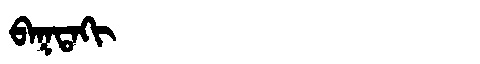
Manchu: ᠪᠠᡴᡨᠠᡴᡳ
Romanization: BAKTAKI